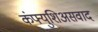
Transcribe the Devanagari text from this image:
कंफ्युशिअसवाद